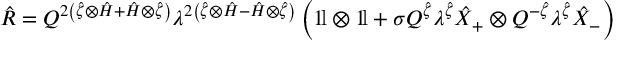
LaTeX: \hat { \cal R } = Q ^ { 2 \left( \hat { \zeta } \otimes \hat { H } + \hat { H } \otimes \hat { \zeta } \right) } \lambda ^ { 2 \left( \hat { \zeta } \otimes \hat { H } - \hat { H } \otimes \hat { \zeta } \right) } \left( 1 \! \mathrm { l } \otimes 1 \! \mathrm { l } + \sigma Q ^ { \hat { \zeta } } \lambda ^ { \hat { \zeta } } \hat { X } _ { + } \otimes Q ^ { - \hat { \zeta } } \lambda ^ { \hat { \zeta } } \hat { X } _ { - } \right)